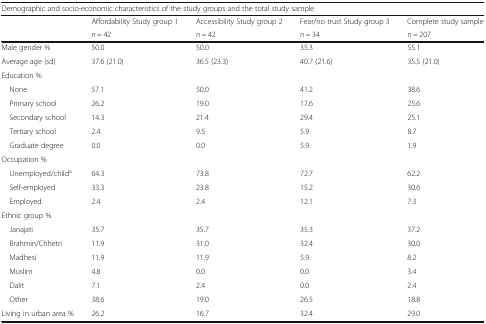
| <COLSPAN=5> Demographic and socio-economic characteristics of the study groups and the total study sample |
 |  | Affordability Study group 1 | Accessibility Study group 2 | Fear/no trust Study group 3 | Complete study sample |
 |  | n = 42 | n = 42 | n = 34 | n = 207 |
 | --- | --- | --- | --- | --- |
 | Male gender % | 50.0 | 50.0 | 35.3 | 55.1 |
 | Average age (sd) | 37.6 (21.0) | 36.5 (23.3) | 40.7 (21.6) | 35.5 (21.0) |
 | <COLSPAN=5> Education % |
 | None | 57.1 | 50.0 | 41.2 | 38.6 |
 | Primary school | 26.2 | 19.0 | 17.6 | 25.6 |
 | Secondary school | 14.3 | 21.4 | 29.4 | 25.1 |
 | Tertiary school | 2.4 | 9.5 | 5.9 | 8.7 |
 | Graduate degree | 0.0 | 0.0 | 5.9 | 1.9 |
 | <COLSPAN=5> Occupation % |
 | Unemployed/childa | 64.3 | 73.8 | 72.7 | 62.2 |
 | Self-employed | 33.3 | 23.8 | 15.2 | 30.6 |
 | Employed | 2.4 | 2.4 | 12.1 | 7.3 |
 | <COLSPAN=5> Ethnic group % |
 | Janajati | 35.7 | 35.7 | 35.3 | 37.2 |
 | Brahmin/Chhetri | 11.9 | 31.0 | 32.4 | 30.0 |
 | Madhesi | 11.9 | 11.9 | 5.9 | 8.2 |
 | Muslim | 4.8 | 0.0 | 0.0 | 3.4 |
 | Dalit | 7.1 | 2.4 | 0.0 | 2.4 |
 | Other | 38.6 | 19.0 | 26.5 | 18.8 |
 | Living in urban area % | 26.2 | 16.7 | 32.4 | 29.0 |